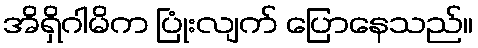
အိရှိဂါမိက ပြုံးလျက် ပြောနေသည်။